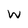
Character: w